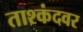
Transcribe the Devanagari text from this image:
ताश्कंदवर